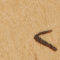
٢